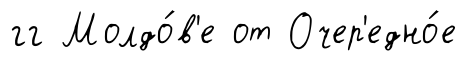
гг Молдо́в'е от Очер'едно́е